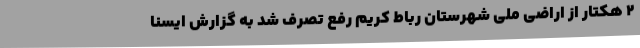
2 هکتار از اراضی ملی شهرستان رباط کریم رفع تصرف شد به گزارش ایسنا